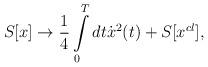
LaTeX: \begin{align*}S[x] \to \frac{1}{4}\int\limits_0^T {dt\dot x^2 } (t) + S[x^{cl} ],\end{align*}